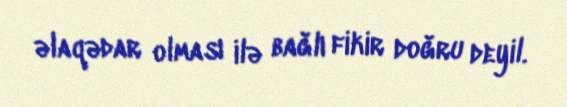
əlaqədar olması ilə bağlı fikir doğru deyil.